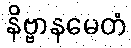
နိဗ္ဗာနမေတံ